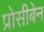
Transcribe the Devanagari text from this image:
प्रोसीबेन